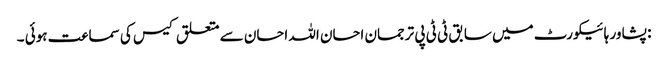
: پشاور ہائیکورٹ میں سابق ٹی ٹی پی ترجمان احسان اللہ احسان سے متعلق کیس کی سماعت ہوئی ۔